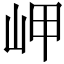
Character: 岬